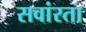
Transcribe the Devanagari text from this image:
सवांरता